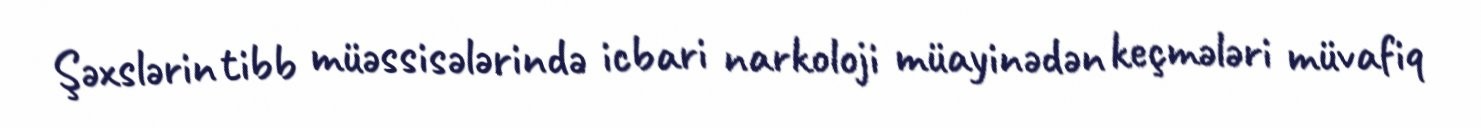
Şəxslərin tibb müəssisələrində icbari narkoloji müayinədən keçmələri müvafiq